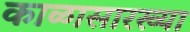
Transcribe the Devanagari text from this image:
काळासारख्या